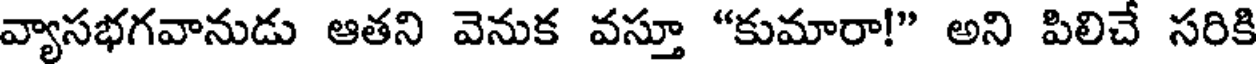
వ్యాసభగవానుడు ఆతని వెనుక వస్తూ "కుమారా!" అని పిలిచే సరికి